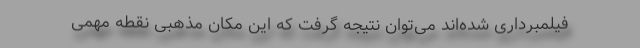
فیلمبرداری شده‌اند می‌توان نتیجه گرفت که این مکان مذهبی نقطه مهمی